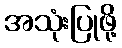
အသုံးပြုဖို့